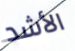
الأشد